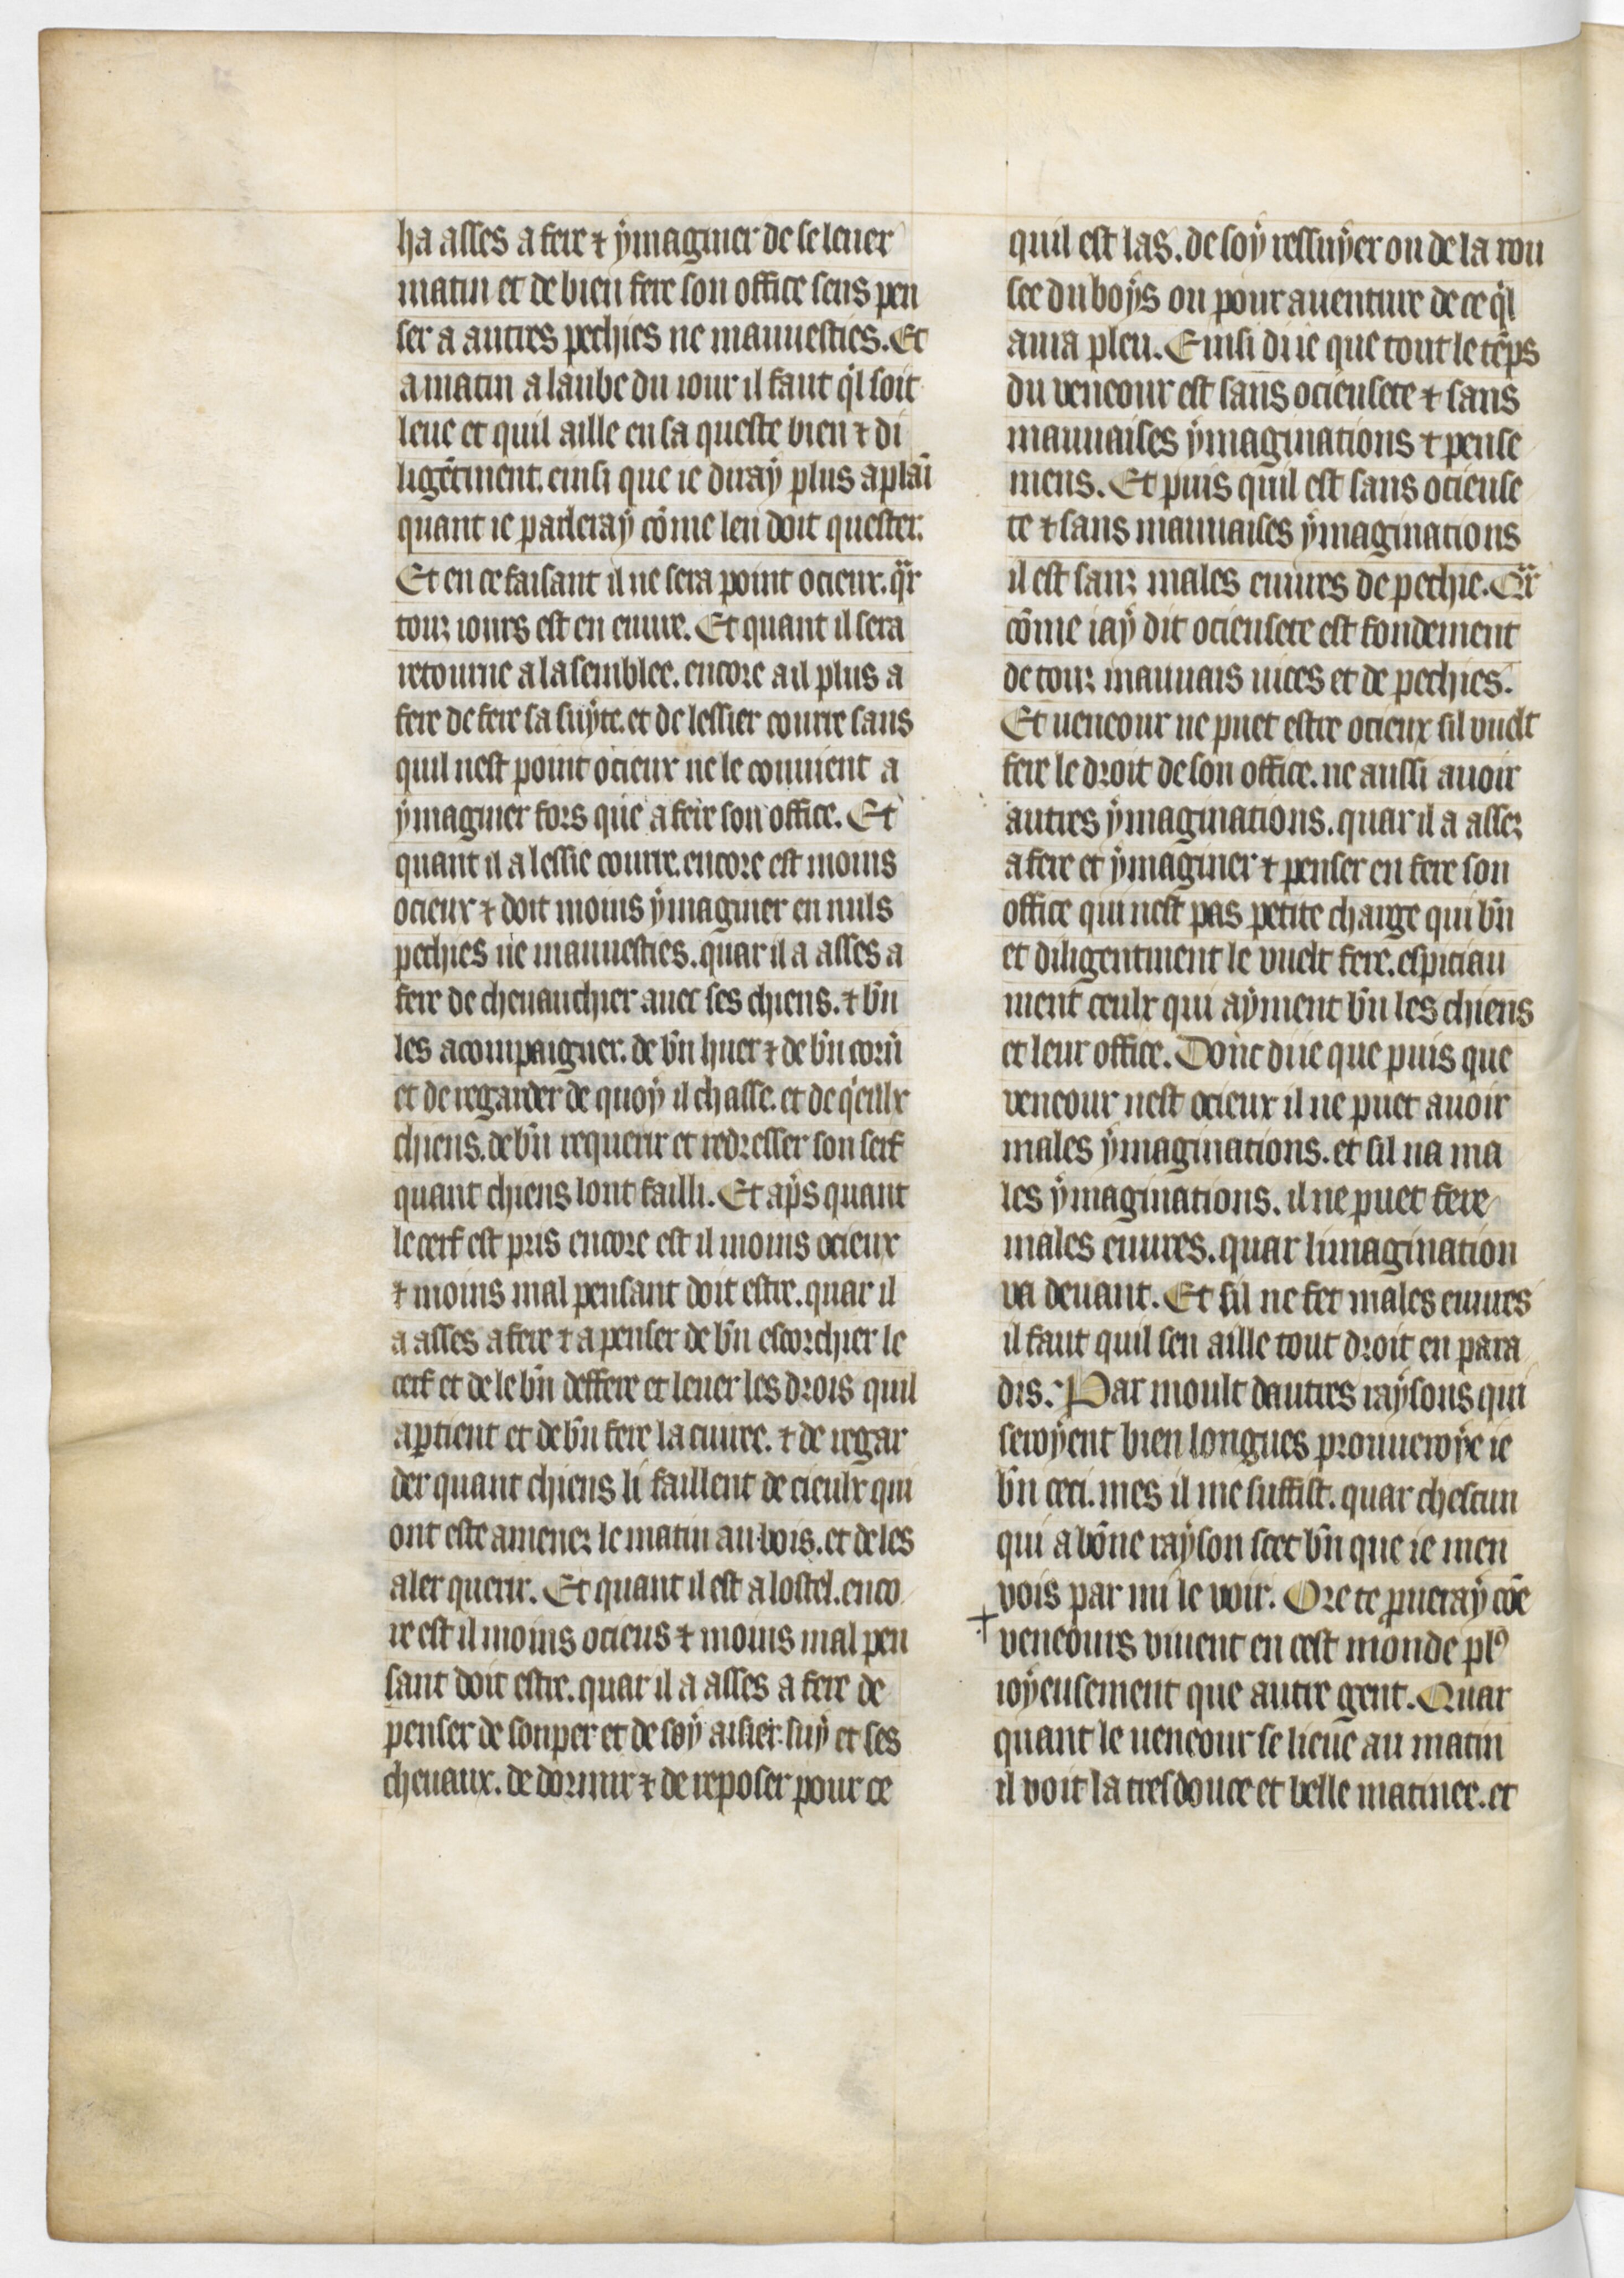
Shelfmark: Paris, BnF, fr. 619
Century: 14